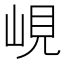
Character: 峴